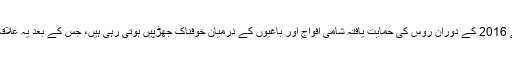
اس علاقے میں 2012 سے 2016 کے دوران روس کی حمایت یافتہ شامی افواج اور باغیوں کے درمیان خوفناک جھڑپیں ہوتی رہی ہیں، جس کے بعد یہ علاقہ کھنڈرات میں تبدیل ہو گیا۔